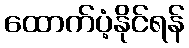
ထောက်ပံ့နိုင်ရန်